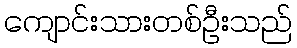
ကျောင်းသားတစ်ဦးသည်